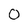
Character: 0